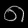
Digit: ၈